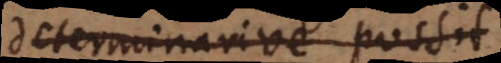
determinarive possit